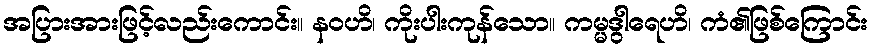
အပြားအားဖြင့်လည်းကောင်း။ နဝဟိ၊ ကိုးပါးကုန်သော။ ကမ္မဒွါရေဟိ၊ ကံ၏ဖြစ်ကြောင်း